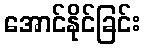
အောင်နိုင်ခြင်း